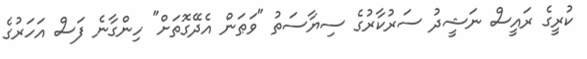
ކުރީގެ ރައީސް ނަޝީދު ސަރުކާރުގެ ސިޔާސަތު "ވަޠަން އެދޭގޮތަށް" ހިންގާނެ ފަސް އަހަރުގެ